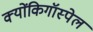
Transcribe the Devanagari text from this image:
क्योंकिगॉस्पेल